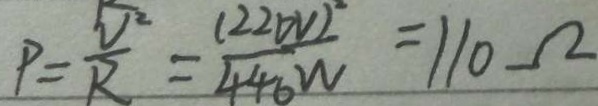
P = \frac { V ^ { 2 } } { R } = \frac { ( 2 2 0 V ) ^ { 2 } } { 4 4 0 W } = 1 1 0 \Omega